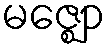
မဇ္ဈော